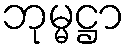
ဘုမ္မဋ္ဌာ